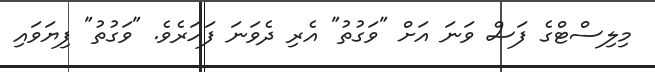
މިލިސްޓްގެ ފަސް ވަނަ އަށް "ވަގުތު" އެރި ދެވަނަ ފަހަރެވެ. "ވަގުތު" ފިޔަވައި